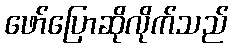
ဖော်ပြောဆိုလိုက်သည်